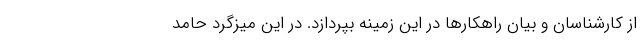
از کارشناسان و بیان راهکارها در این زمینه بپردازد. در این میزگرد حامد